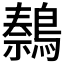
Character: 𫛍